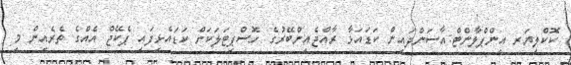
ކޮކްލިޔަރ އިންޕްލާންޓް:އާސަންދައިން ކަޑައަޅާ ރާއްޖެއިންބޭރުގެ ހޮސްޕިޓަލަކަށް ކަޑައެޅިފައި ޕެކޭޖް އެއްގެ ތެރެއިން މި